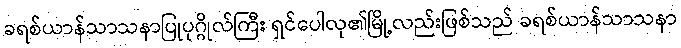
ခရစ်ယာန်သာသနာပြုပုဂ္ဂိုလ်ကြီး ရှင်ပေါလု၏မြို့လည်းဖြစ်သည် ခရစ်ယာန်သာသနာ